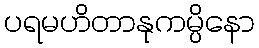
ပရမဟိတာနုကမ္ပိနော